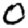
Digit: 0